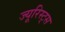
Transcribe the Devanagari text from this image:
ज्यूरिस्ट्स